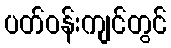
ပတ်ဝန်းကျင်တွင်